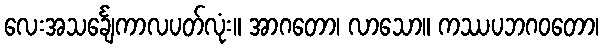
လေးအသင်္ချေကာလပတ်လုံး။ အာဂတော၊ လာသော။ ကဿပဘဂဝတော၊